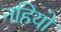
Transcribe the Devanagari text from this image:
नहियो